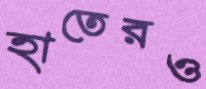
হাতেরও